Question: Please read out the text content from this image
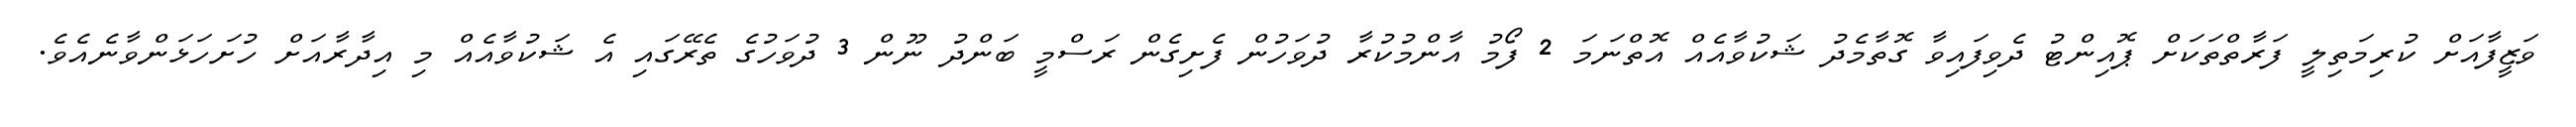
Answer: ވަޒީފާއަށް ކުރިމަތިލީ ފަރާތްތަކަށް ޕޮއިންޓު ދެވިފައިވާ ގޮތާމެދު ޝަކުވާއެއް އޮތްނަމަ 2 ފޯމު އާންމުކުރާ ދުވަހުން ފެށިގެން ރަސްމީ ބަންދު ނޫން 3 ދުވަހުގެ ތެރޭގައި އެ ޝަކުވާއެއް މި އިދާރާއަށް ހުށަހަޅަންވާނެއެވެ.